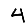
Digit: 4